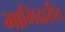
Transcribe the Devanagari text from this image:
भागिदारीत